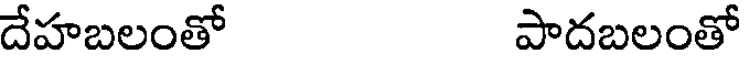
దేహబలంతో పాదబలంతో